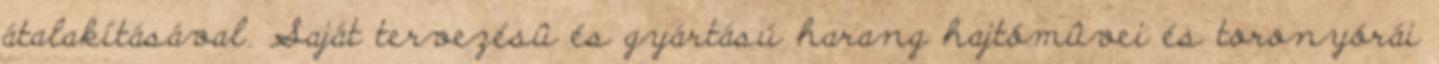
átalakításával. Saját tervezésû és gyártású harang hajtómûvei és toronyórái